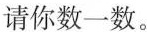
请你数一数。